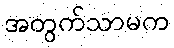
အတွက်သာမက